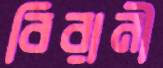
বিরানী